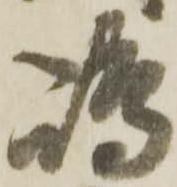
嶋